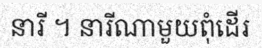
នារី ។ នារីណាមួយពុំដើរ